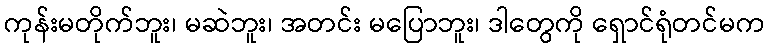
ကုန်းမတိုက်ဘူး၊ မဆဲဘူး၊ အတင်း မပြောဘူး၊ ဒါတွေကို ရှောင်ရုံတင်မက